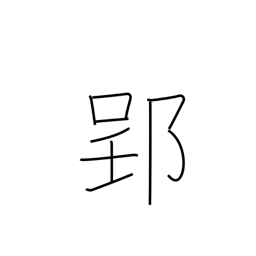
Meaning: place name